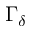
\Gamma _ { \delta }